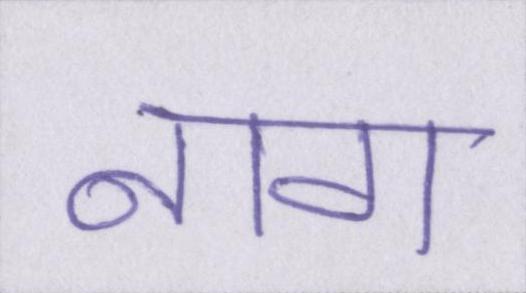
नाग